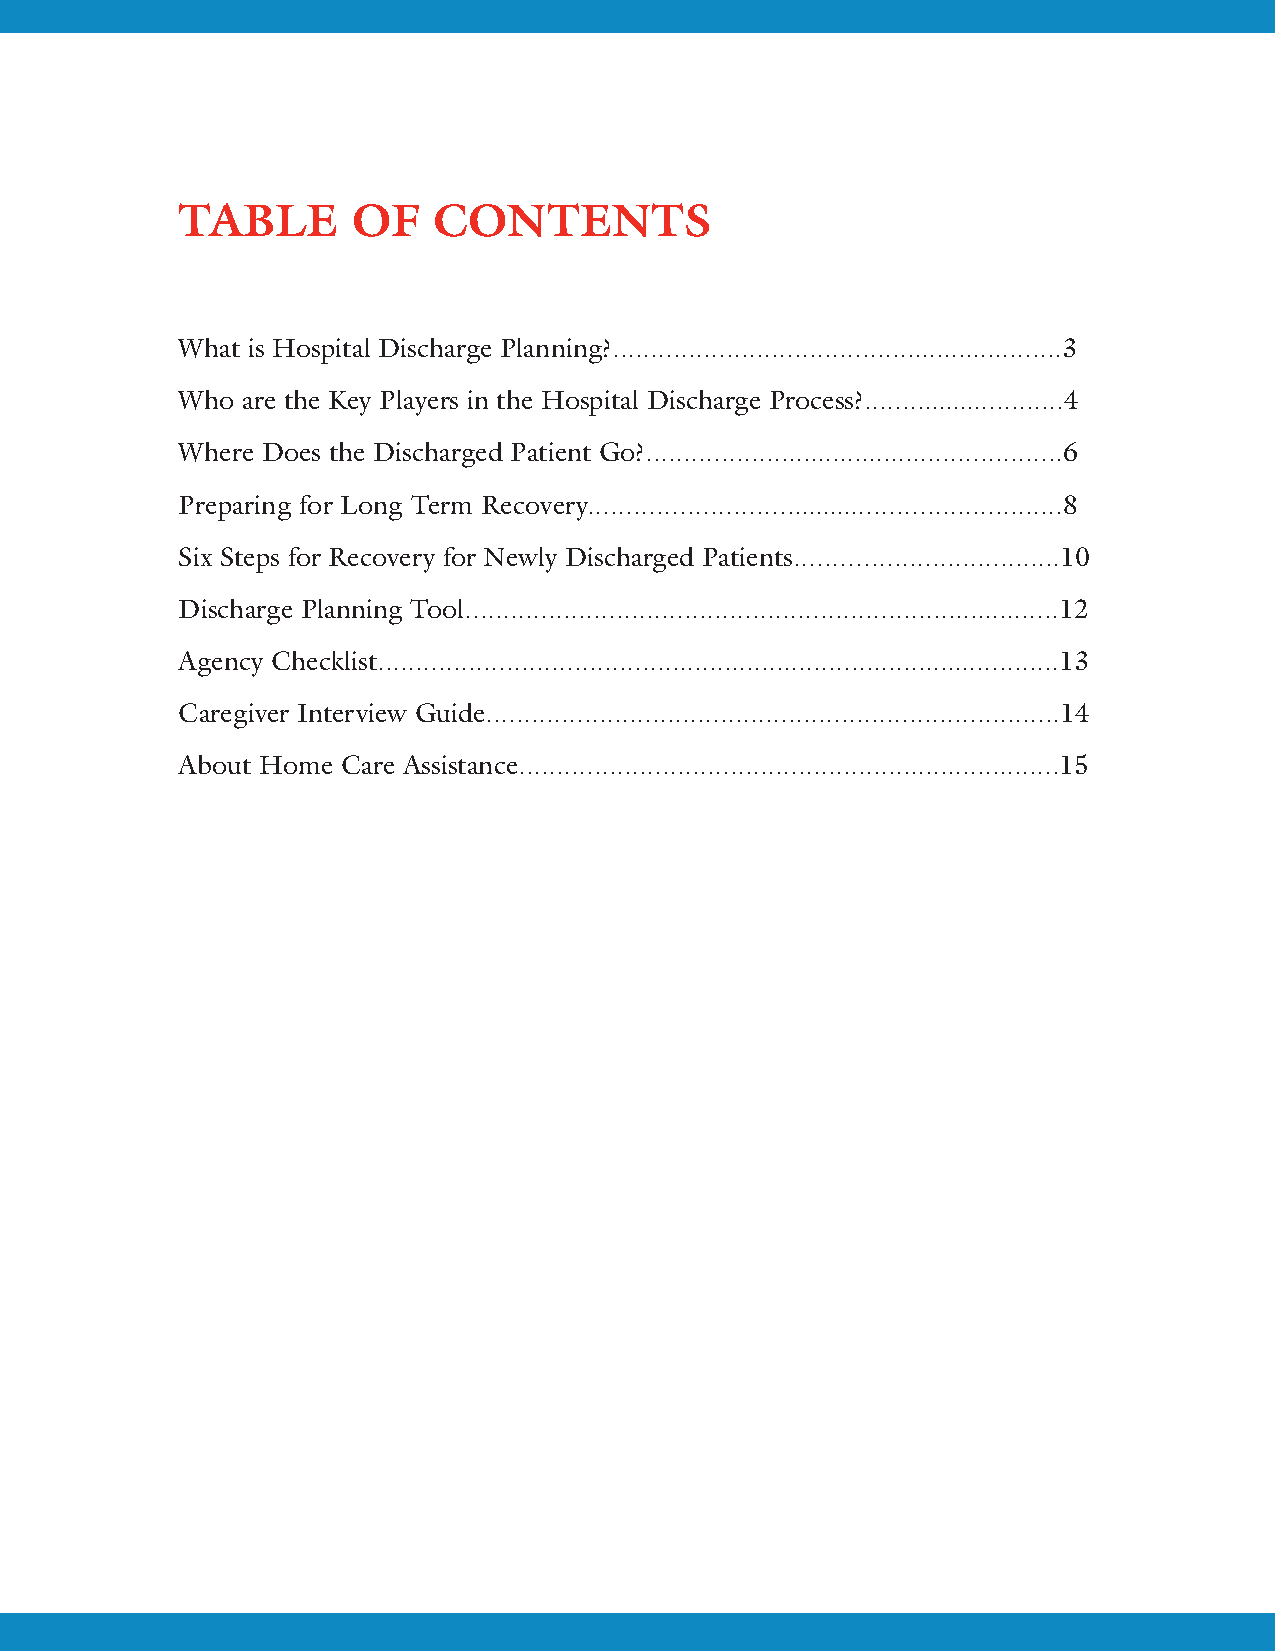
TABLE      OF    CONTENTS
 What is Hospital Discharge Planning?............................................................3
 Who are the Key Players in the Hospital Discharge Process?...........................4
 Where Does the Discharged Patient Go?........................................................6
 Preparing for Long Term Recovery...............................................................8
 Six Steps for Recovery for Newly Discharged Patients...................................10
 Discharge Planning Tool...............................................................................12
 Agency Checklist...........................................................................................13
 Caregiver Interview Guide............................................................................14
 About Home Care Assistance........................................................................15